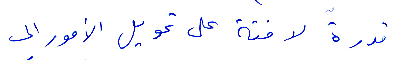
قدرة لافتة على تحويل الأمور الى